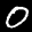
Label: 0